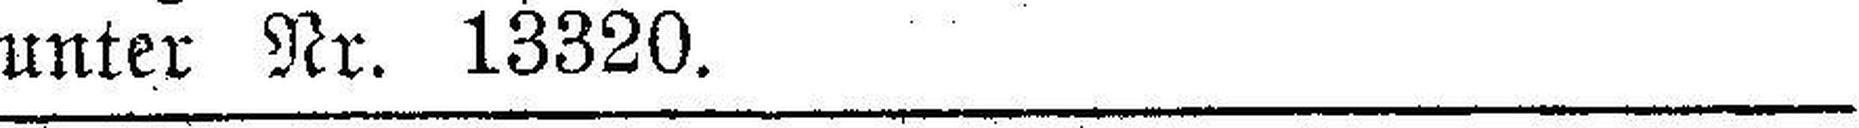
unter Nr. 13320.